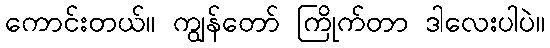
ကောင်းတယ်။ ကျွန်တော် ကြိုက်တာ ဒါလေးပါပဲ။